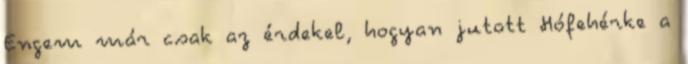
Engem már csak az érdekel, hogyan jutott Hófehérke a